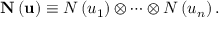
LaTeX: \mathbf { N } \left( \mathbf { u } \right) \equiv N \left( u _ { 1 } \right) \otimes \cdots \otimes N \left( u _ { n } \right) .